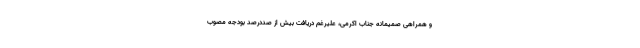
و همراهی صمیمانه جناب اکرمی، علیرغم دریافت بیش از صددرصد بودجه مصوب